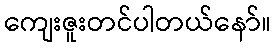
ကျေးဇူးတင်ပါတယ်နော်။